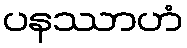
ပနဿာဟံ